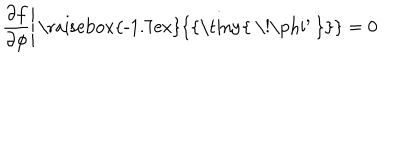
\left. { \frac { \partial f } { \partial \phi } } \right| { \mathrm { \raisebox { - 1 . 7 e x } { { \tiny { ~ \! \ p h i ^ { \prime } ~ } } } } } = 0